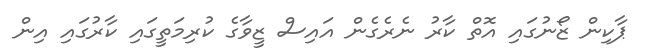
ޕާކިން ޒޯނުގައި އޮތް ކާރު ނެރެގެން އައިސް ޒީވާގެ ކުރިމަތީގައި ކާރުގައި އިން